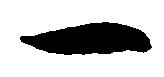
一